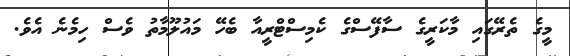
މީގެ ތެރޭގައި މާކަރީގެ ސާފޭސްގެ ކެމިސްޓްރީއާ ބެހޭ މައުލޫމާތު ވެސް ހިމެނެ އެެވެ.